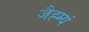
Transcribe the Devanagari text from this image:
जैह्म्यं